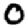
Digit: 0